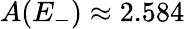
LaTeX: A(E_{-})\approx 2.584